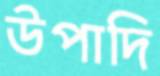
উপাদি